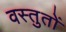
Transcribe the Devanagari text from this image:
वस्तुतों